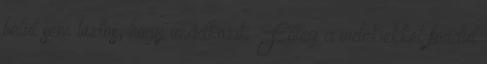
belül sem biztos, hogy imádkozik. Főleg a vidékiekkel fordul